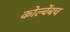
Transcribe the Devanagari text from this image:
कोल्वेंबच